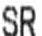
SR